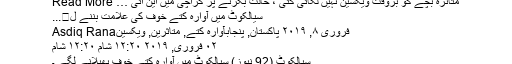
متاثرہ بچے کو بروقت ویکسین نہیں لگائی گئی ، حالت بگڑنے پر کراچی میں این آئی … Read More
سیالکوٹ میں آوارہ کتے خوف کی علامت بننے ل�...
فروری ۸, ۲۰۱۹ پاکستان, پنجابآوارہ کتے, متاثرین, ویکسینAsdiq Rana
۰۲ فروری, ۲۰۱۹ ۱۲:۲۰ شام ۱۲:۲۰ شام
سیالکوٹ (92 نیوز) سیالکوٹ میں آوارہ کتے خوف پھیلانے لگے ۔